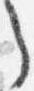
之